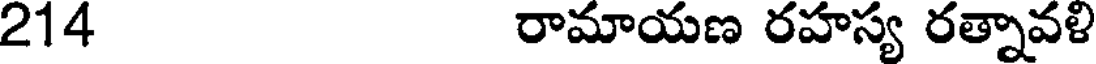
214 రామాయణ రహస్య రత్నావళి